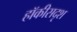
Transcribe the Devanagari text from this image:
हॉकीसदृश